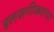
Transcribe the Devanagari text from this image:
हलसगीकरांचा